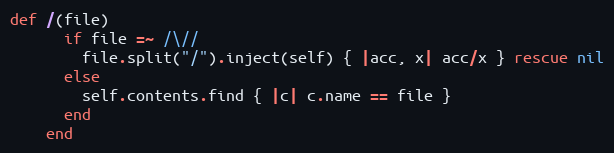
Language: Ruby
def /(file)
      if file =~ /\//
        file.split("/").inject(self) { |acc, x| acc/x } rescue nil
      else
        self.contents.find { |c| c.name == file }
      end
    end